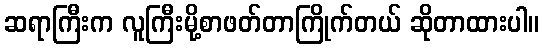
ဆရာကြီးက လူကြီးမို့စာဖတ်တာကြိုက်တယ် ဆိုတာထားပါ။